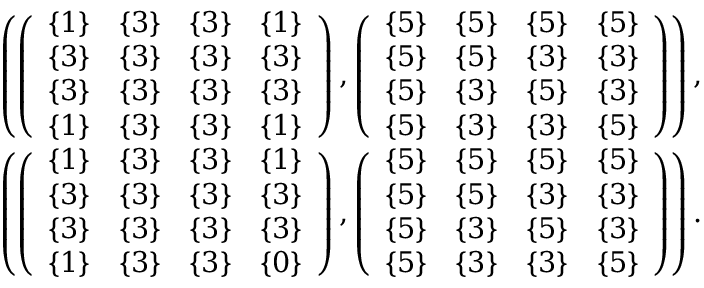
\begin{array} { r } { \left( \left( \begin{array} { l l l l } { \{ 1 \} } & { \{ 3 \} } & { \{ 3 \} } & { \{ 1 \} } \\ { \{ 3 \} } & { \{ 3 \} } & { \{ 3 \} } & { \{ 3 \} } \\ { \{ 3 \} } & { \{ 3 \} } & { \{ 3 \} } & { \{ 3 \} } \\ { \{ 1 \} } & { \{ 3 \} } & { \{ 3 \} } & { \{ 1 \} } \end{array} \right) , \left( \begin{array} { l l l l } { \{ 5 \} } & { \{ 5 \} } & { \{ 5 \} } & { \{ 5 \} } \\ { \{ 5 \} } & { \{ 5 \} } & { \{ 3 \} } & { \{ 3 \} } \\ { \{ 5 \} } & { \{ 3 \} } & { \{ 5 \} } & { \{ 3 \} } \\ { \{ 5 \} } & { \{ 3 \} } & { \{ 3 \} } & { \{ 5 \} } \end{array} \right) \right) , } \\ { \left( \left( \begin{array} { l l l l } { \{ 1 \} } & { \{ 3 \} } & { \{ 3 \} } & { \{ 1 \} } \\ { \{ 3 \} } & { \{ 3 \} } & { \{ 3 \} } & { \{ 3 \} } \\ { \{ 3 \} } & { \{ 3 \} } & { \{ 3 \} } & { \{ 3 \} } \\ { \{ 1 \} } & { \{ 3 \} } & { \{ 3 \} } & { \{ 0 \} } \end{array} \right) , \left( \begin{array} { l l l l } { \{ 5 \} } & { \{ 5 \} } & { \{ 5 \} } & { \{ 5 \} } \\ { \{ 5 \} } & { \{ 5 \} } & { \{ 3 \} } & { \{ 3 \} } \\ { \{ 5 \} } & { \{ 3 \} } & { \{ 5 \} } & { \{ 3 \} } \\ { \{ 5 \} } & { \{ 3 \} } & { \{ 3 \} } & { \{ 5 \} } \end{array} \right) \right) . } \end{array}